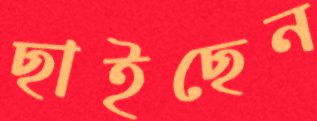
ছাইছেন